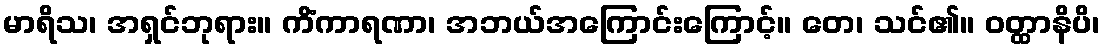
မာရိသ၊ အရှင်ဘုရား။ ကိံကာရဏာ၊ အဘယ်အကြောင်းကြောင့်။ တေ၊ သင်၏။ ဝတ္ထာနိပိ၊